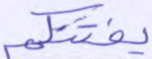
يفتنكم